system: You are a helpful assistant.
user:
Analyze the provided spectrum to determine if it is a **Carbon Star (C-type)**.

- **Key Visual Indicators of Carbon Star:**
    - **(Primary):** Strong molecular absorption from **C₂ (diatomic carbon) "Swan Bands."** This is the **defining feature** of a carbon star.
        - **(Key Bandheads):** Sharp absorption edges are visible at approximately $5635$ Å, $5165$ Å (the strongest band), and $4737$ Å.
        - **(Line Profile):** Creates a distinct **"saw-tooth"** pattern. The key morphology is a sharp, steep bandhead on the **red (long-wavelength) side**, which then gradually tapers off (i.e., flux recovers) towards the **blue (short-wavelength) side**. *(This is the direct opposite of the TiO bands seen in M-type stars)*.

    - **(Secondary):** Intense **CN (cyanogen)** molecular absorption bands.
        - **(Key Bandheads):** Located in the blue and violet regions of the spectrum (e.g., near $4215$ Å and $3883$ Å).
        - **(Morphology):** These bands are extremely broad and act as a "blanket," absorbing the vast majority of blue and violet light. This creates a characteristic **"cliff"** or **"steep drop-off"** in the spectrum's flux at short wavelengths.

    - **(Key Confirmation):** Strong **CH absorption band (G-band)**.
        - **(Key Bandhead):** Located around $4300$ Å. The contribution from CH molecules to this band is exceptionally strong.

    - **(Overall Spectrum):**
        - The continuum is severely "chopped up" by these deep molecular bands, especially C₂, rather than appearing as a smooth curve.
        - Due to the heavy CN and C₂ absorption in the blue-green, the vast majority of the star's flux is concentrated in the red part of the spectrum, giving the star its characteristic deep red color.

Think first, call **spectral_visualization_tool** if needed to examine features in detail, then provide your final answer. Your response must adhere to the following strict rules:
1.  **Overall Structure:** Your response must follow the format `<think>...</think> <tool_call>...</tool_call> (if a tool is used) <answer>...</answer>`.
2.  **Tool Usage Constraint:** You may only make **one** tool call per turn.
3.  **Final Answer Format:** In the `<answer>` tag, your conclusion must be inside a `\boxed{}` command (e.g., `\boxed{YES}`), followed by your justification.

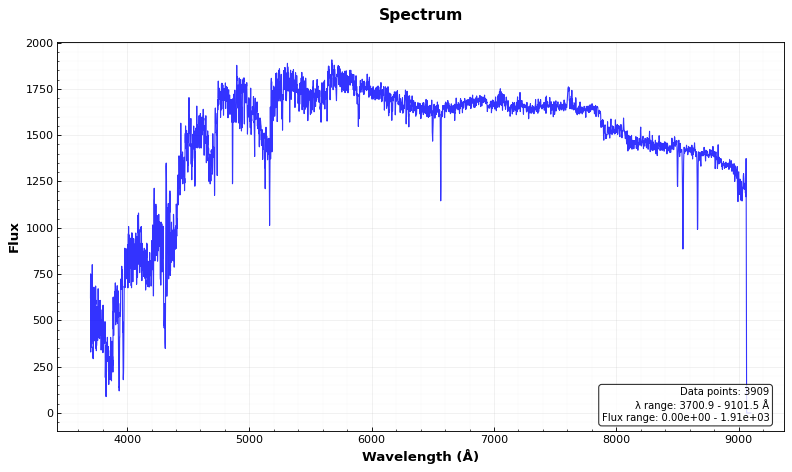
Answer: YES